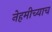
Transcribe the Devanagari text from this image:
नेहमीच्याच